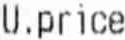
U.PRICE